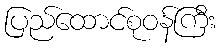
ပြည်ထောင်စုဝန်ကြီး